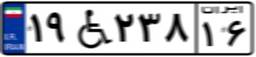
۱۹W۲۳۸۱۶